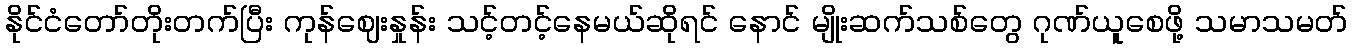
နိုင်ငံတော်တိုးတက်ပြီး ကုန်ဈေးနှုန်း သင့်တင့်နေမယ်ဆိုရင် နောင် မျိုးဆက်သစ်တွေ ဂုဏ်ယူစေဖို့ သမာသမတ်